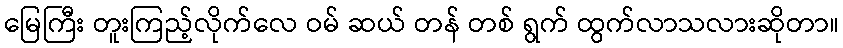
မြေကြီး တူးကြည့်လိုက်လေ ဝမ် ဆယ် တန် တစ် ရွက် ထွက်လာသလားဆိုတာ။